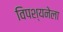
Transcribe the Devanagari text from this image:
विपश्यनेला